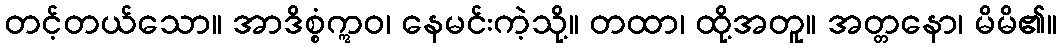
တင့်တယ်သော။ အာဒိစ္စံဣဝ၊ နေမင်းကဲ့သို့။ တထာ၊ ထို့အတူ။ အတ္တနော၊ မိမိ၏။